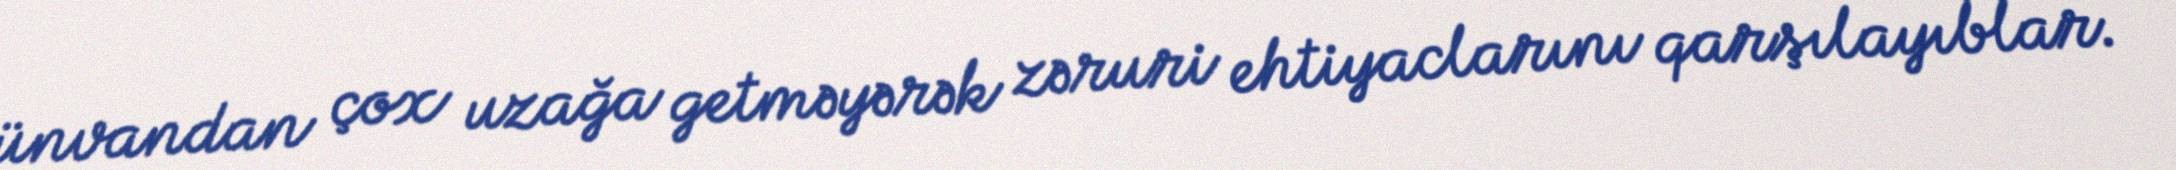
ünvandan çox uzağa getməyərək zəruri ehtiyaclarını qarşılayıblar.